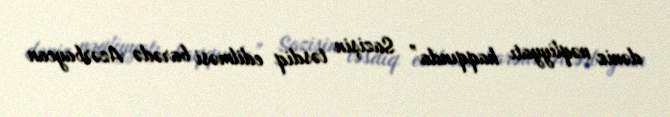
dəniz nəqliyyatı haqqında” Sazişin təsdiq edilməsi barədə Azərbaycan